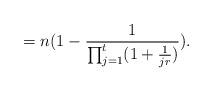
LaTeX: \begin{align*}&=n(1-\frac{1}{\prod_{j=1}^t(1+\frac{1}{jr})}).\end{align*}